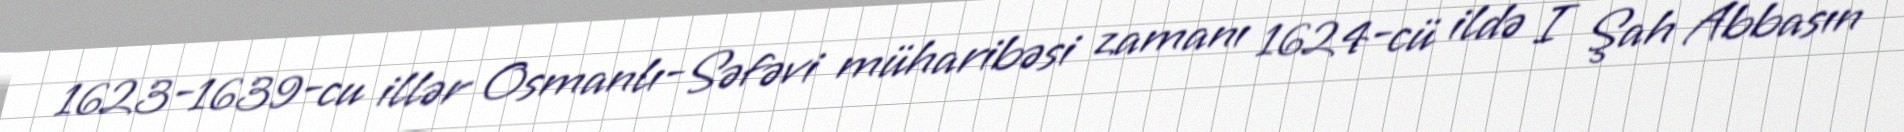
1623-1639-cu illər Osmanlı-Səfəvi müharibəsi zamanı 1624-cü ildə I Şah Abbasın